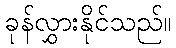
ခုန်လွှားနိုင်သည်။